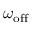
\omega _ { \mathrm { o f f } }